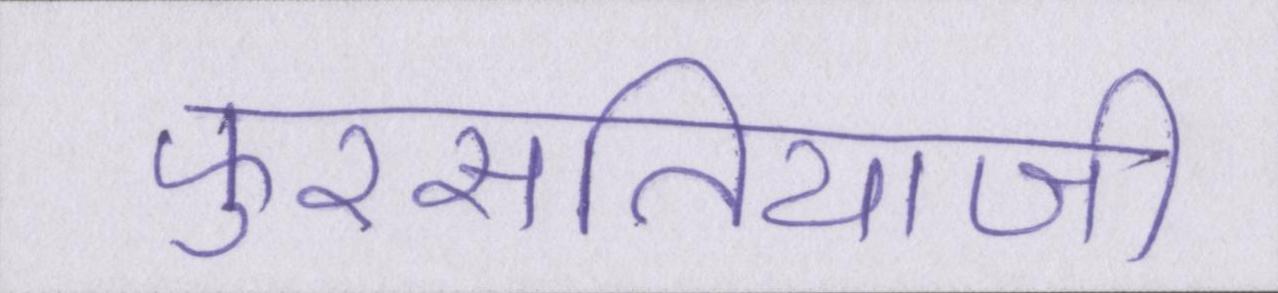
फुरसतियाजी